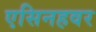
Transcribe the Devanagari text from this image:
एसिनहवर